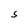
Character: S